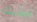
مكتبك